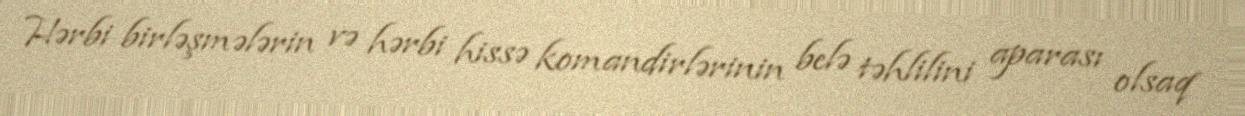
Hərbi birləşmələrin və hərbi hissə komandirlərinin belə təhlilini aparası olsaq